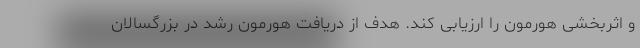
و اثربخشی هورمون را ارزیابی کند. هدف از دریافت هورمون رشد در بزرگسالان